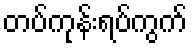
တပ်ကုန်းရပ်ကွက်